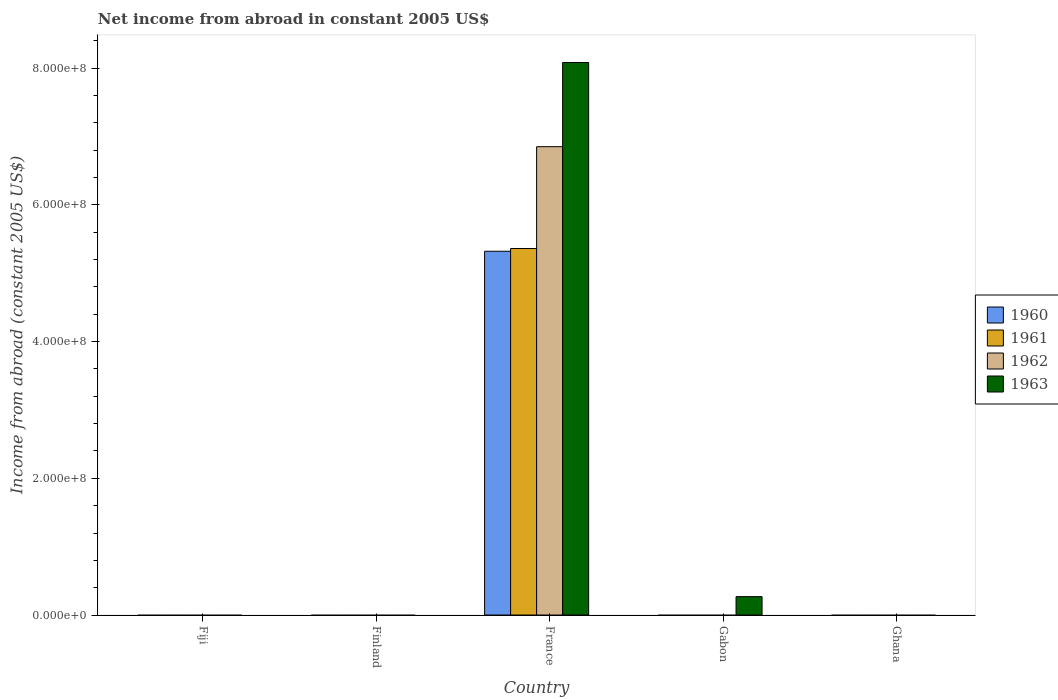
| Country | 1960 | 1961 | 1962 | 1963 |
 | --- | --- | --- | --- | --- |
 | Fiji | -4.28e+06 | -4.41e+06 | -4.79e+06 | -6.67e+06 |
 | Finland | -1.52e+06 | -5.4e+06 | -1.19e+07 | -2.02e+07 |
 | France | 5.32e+08 | 5.36e+08 | 6.85e+08 | 8.08e+08 |
 | Gabon | -6.68e+06 | -8.61e+06 | -1.15e+07 | 2.69e+07 |
 | Ghana | -1.4e+07 | -1.96e+07 | -1.4e+07 | -2.52e+07 |